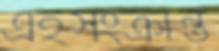
এইসংক্রান্ত